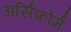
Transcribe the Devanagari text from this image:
अर्सिफ़ोर्म